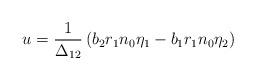
LaTeX: \begin{align*}u=\frac{1}{\Delta_{12}}\left(b_2r_1n_0\eta_1-b_1r_1n_0\eta_2 \right)\end{align*}